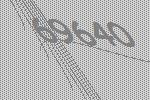
69640